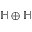
\mathbb { H } \oplus \mathbb { H }